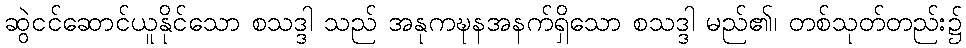
ဆွဲငင်ဆောင်ယူနိုင်သော စသဒ္ဒါ သည် အနုကဍ္ဎနအနက်ရှိသော စသဒ္ဒါ မည်၏၊ တစ်သုတ်တည်း၌